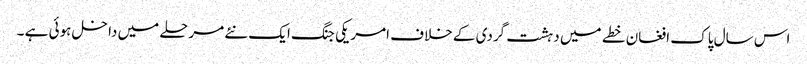
اس سال پاک افغان خطے میں دہشت گردی کے خلاف امریکی جنگ ایک نئے مرحلے میں داخل ہوئی ہے ۔